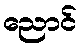
ညောင်